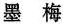
墨 梅